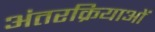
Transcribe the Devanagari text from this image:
अंतरक्रियाओं